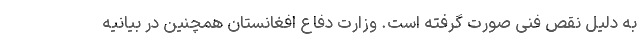
به دلیل نقص فنی صورت گرفته است. وزارت دفاع افغانستان همچنین در بیانیه